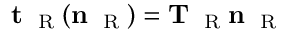
{ \bf t } _ { \mathrm { ~ \tiny ~ R ~ } } ( { \bf n } _ { \mathrm { ~ \tiny ~ R ~ } } ) = { \bf T } _ { \mathrm { ~ \tiny ~ R ~ } } { \bf n } _ { \mathrm { ~ \tiny ~ R ~ } }